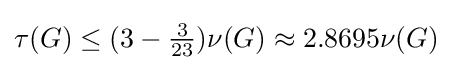
\tau (G)\leq (3-{\tfrac {3}{23}})\nu (G)\approx 2.8695\nu (G)